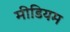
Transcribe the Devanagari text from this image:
मीडियम